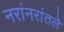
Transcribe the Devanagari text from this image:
नरांनरांतले